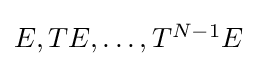
{\textstyle E,TE,\dots ,T^{N-1}E}